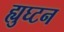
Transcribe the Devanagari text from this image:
ह्युघ्टन